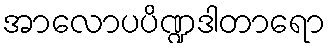
အာလောပပိဏ္ဍဒါတာရော